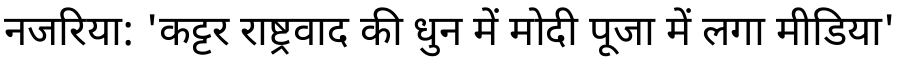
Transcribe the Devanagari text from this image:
नजरिया: 'कट्टर राष्ट्रवाद की धुन में मोदी पूजा में लगा मीडिया'